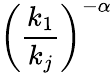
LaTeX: \left(\frac{k_{1}}{k_{j}}\right)^{-\alpha}